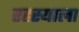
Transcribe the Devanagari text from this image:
रहस्याला